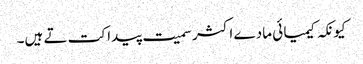
کیونکہ کیمیا ئی مادے اکثر سمیت پیدا کت تے ہیں۔